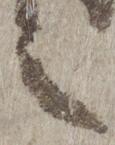
言